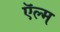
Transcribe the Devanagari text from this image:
ऍल्म